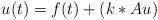
LaTeX: \begin{align*}u(t)=f(t)+(k\ast Au)\quad\end{align*}